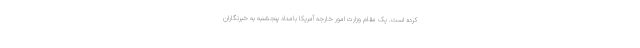
کرده است. یک مقام وزارت امور خارجه آمریکا بامداد پنجشنبه به خبرنگاران